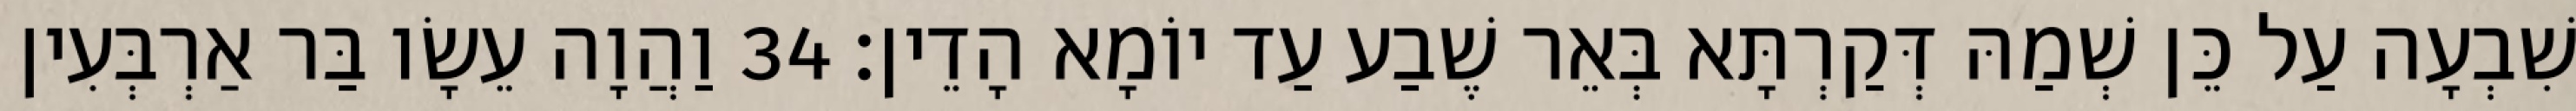
שִׁבְעָה עַל כֵּן שְׁמַהּ דְּקַרְתָּא בְּאֵר שֶׁבַע עַד יוֹמָא הָדֵין׃ 34 וַהֲוָה עֵשָׂו בַּר אַרְבְּעִין